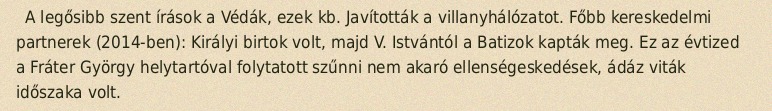
A legősibb szent írások a Védák, ezek kb. Javították a villanyhálózatot. Főbb kereskedelmi partnerek (2014-ben): Királyi birtok volt, majd V. Istvántól a Batizok kapták meg. Ez az évtized a Fráter György helytartóval folytatott szűnni nem akaró ellenségeskedések, ádáz viták időszaka volt.